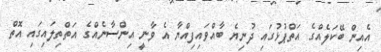
އެއިން ބޭކަލެއްގެ އަތްޕުޅުގައި ދުނިޔެ ބާއްވައިފިއްޔާ އެ ވާނީ އިންސާނެއްގެ އަތްތިލައިގައި އޮތް